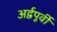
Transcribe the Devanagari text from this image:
अर्द्वपूर्वी